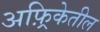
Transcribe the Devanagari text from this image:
अफ़्रिकेतील